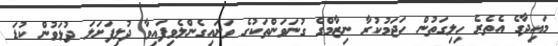
މައިދާގެ އެތެރެ ހިލިގަތުން ހަޖަމުކުރާ ނިޒާމްގެ ގުނަވަންތަކުގެ ވަށައިގެންލެވިފައިވާ ދުލިފަށަލަ ދުޅަވުން ކުޑަ